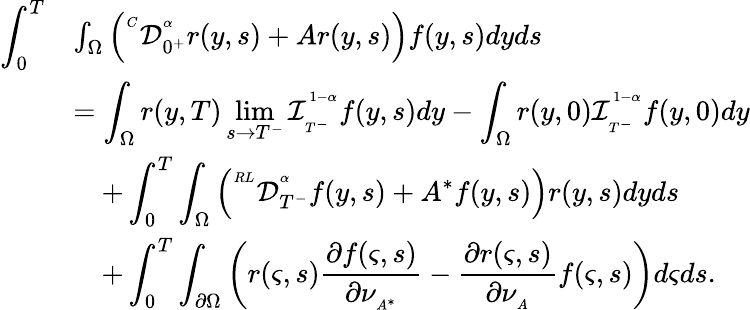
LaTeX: \begin{array}{rl}{\displaystyle\int_{0}^{T}}&{\int_{\Omega}\left({^{^C}\mathcal{D}_{0^{+}}^{^\alpha}}r(y,s)+Ar(y,s)\right)f(y,s)dyds}\\ &{=\displaystyle\int_{\Omega}r(y,T)\operatorname*{lim}_{s\rightarrow T^{-}}\mathcal{I}_{_{T^{-}}}^{^{1-\alpha}}f(y,s)dy-\displaystyle\int_{\Omega}r(y,0)\mathcal{I}_{_{T^{-}}}^{^{1-\alpha}}f(y,0)dy}\\ &{\quad+\displaystyle\int_{0}^{T}\int_{\Omega}\left({^{^{RL}}\mathcal{D}_{T^{-}}^{^\alpha}}f(y,s)+A^{*}f(y,s)\right)r(y,s)dyds}\\ &{\quad+\displaystyle\int_{0}^{T}\int_{\partial\Omega}\left(r(\varsigma,s)\frac{\partial f(\varsigma,s)}{\partial\nu_{_{A^{*}}}}-\frac{\partial r(\varsigma,s)}{\partial\nu_{_{A}}}f(\varsigma,s)\right)d\varsigma ds.}\end{array}